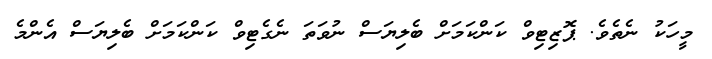
މީހަކު ނެތެވެ. ޕޮޒިޓިވް ކަންކަމަށް ބެލިޔަސް ނުވަތަ ނެގެޓިވް ކަންކަމަށް ބެލިޔަސް އެންމެ